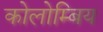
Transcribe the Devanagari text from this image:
कोलोम्बिय